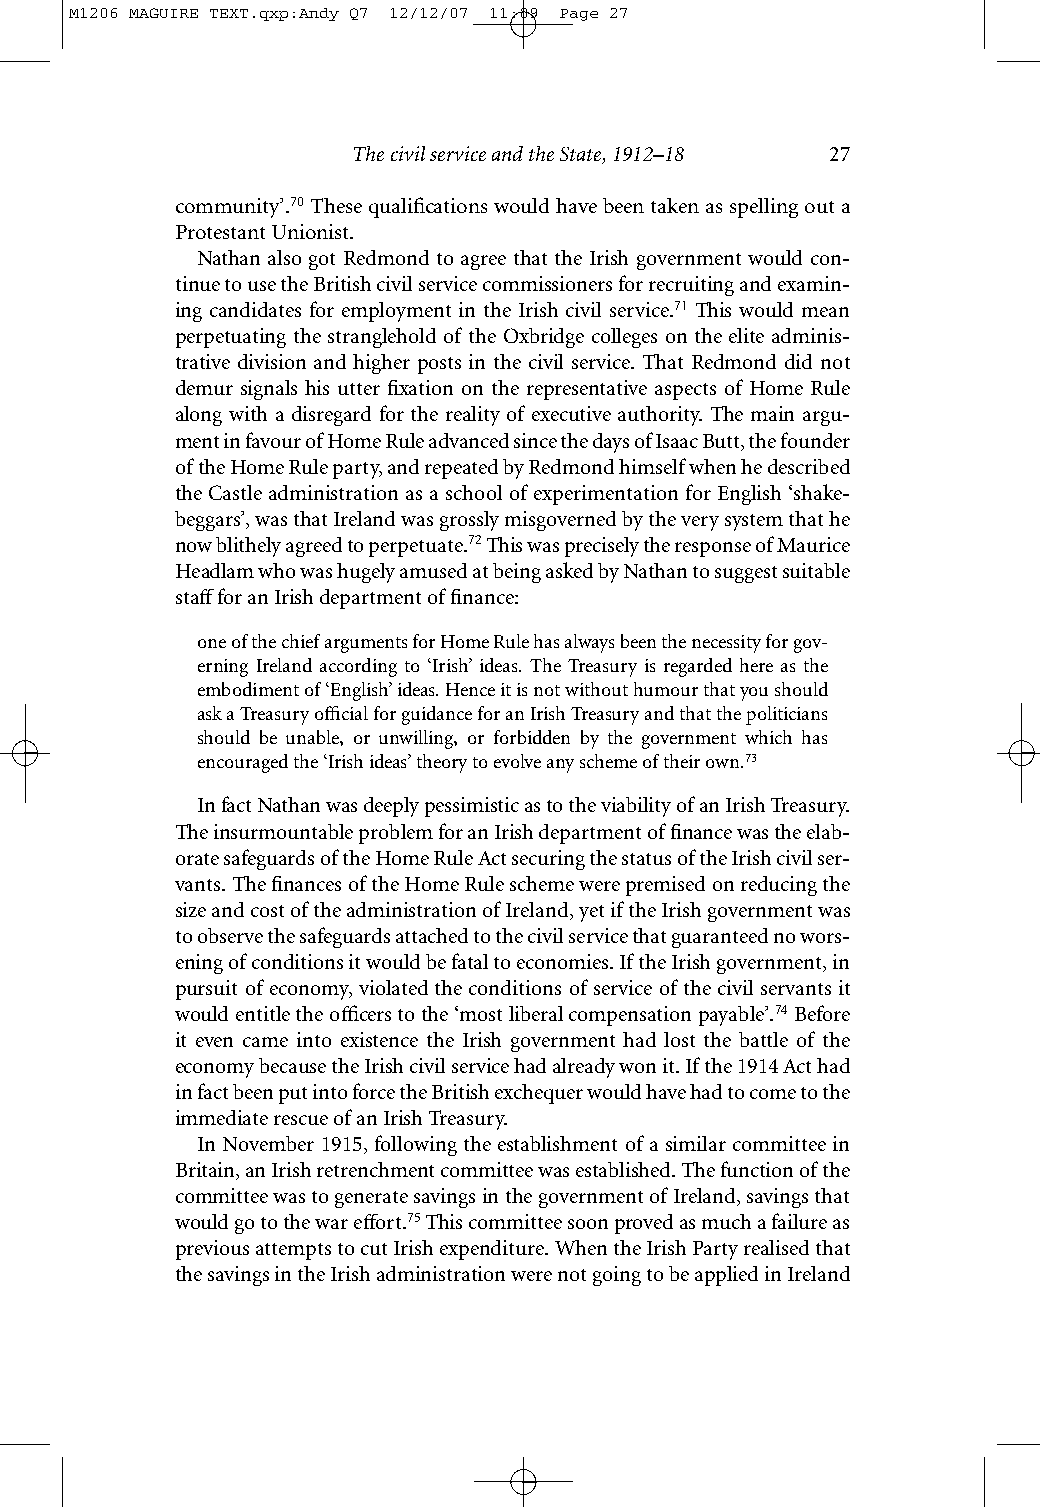
M1206 MAGUIRE TEXT.qxp:Andy Q7 12/12/07 11:09 Page 27
 The civil service and the State, 1912–18 27
 community’.70These qualifications would have been taken as spelling out a
 Protestant Unionist.
 Nathan also got Redmond to agree that the Irish government would con-
 tinue to use the British civil service commissioners for recruiting and examin-
 ing candidates for employment in the Irish civil service.71 This would mean
 perpetuating the stranglehold of the Oxbridge colleges on the elite adminis-
 trative division and higher posts in the civil service. That Redmond did not
 demur signals his utter fixation on the representative aspects of Home Rule
 along with a disregard for the reality of executive authority. The main argu-
 ment in favour of Home Rule advanced since the days of Isaac Butt, the founder
 of the Home Rule party, and repeated by Redmond himself when he described
 the Castle administration as a school of experimentation for English ‘shake-
 beggars’, was that Ireland was grossly misgoverned by the very system that he
 now blithely agreed to perpetuate.72This was precisely the response of Maurice
 Headlam who was hugely amused at being asked by Nathan to suggest suitable
 stafffor an Irish department of finance:
 one of the chief arguments for Home Rule has always been the necessity for gov-
 erning Ireland according to ‘Irish’ ideas. The Treasury is regarded here as the
 embodiment of ‘English’ ideas. Hence it is not without humour that you should
 ask a Treasury official for guidance for an Irish Treasury and that the politicians
 should be unable, or unwilling, or forbidden by the government which has
 encouraged the ‘Irish ideas’ theory to evolve any scheme of their own.73
 In fact Nathan was deeply pessimistic as to the viability of an Irish Treasury.
 The insurmountable problem for an Irish department of finance was the elab-
 orate safeguards of the Home Rule Act securing the status of the Irish civil ser-
 vants. The finances of the Home Rule scheme were premised on reducing the
 size and cost of the administration of Ireland, yet if the Irish government was
 to observe the safeguards attached to the civil service that guaranteed no wors-
 ening of conditions it would be fatal to economies. If the Irish government, in
 pursuit of economy, violated the conditions of service of the civil servants it
 would entitle the officers to the ‘most liberal compensation payable’.74Before
 it even came into existence the Irish government had lost the battle of the
 economy because the Irish civil service had already won it. If the 1914 Act had
 in fact been put into force the British exchequer would have had to come to the
 immediate rescue of an Irish Treasury.
 In November 1915, following the establishment of a similar committee in
 Britain, an Irish retrenchment committee was established. The function of the
 committee was to generate savings in the government of Ireland, savings that
 would go to the war effort.75This committee soon proved as much a failure as
 previous attempts to cut Irish expenditure. When the Irish Party realised that
 the savings in the Irish administration were not going to be applied in Ireland